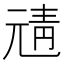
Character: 𩇖